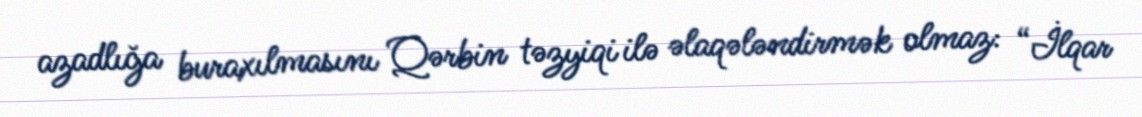
azadlığa buraxılmasını Qərbin təzyiqi ilə əlaqələndirmək olmaz: “İlqar